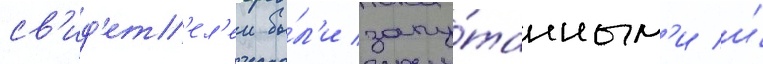
св'ид'ет'ел'еи бы́л'и запу́танным'и и́